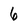
Character: 6